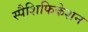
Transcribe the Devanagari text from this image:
स्पैशिफिकेशन